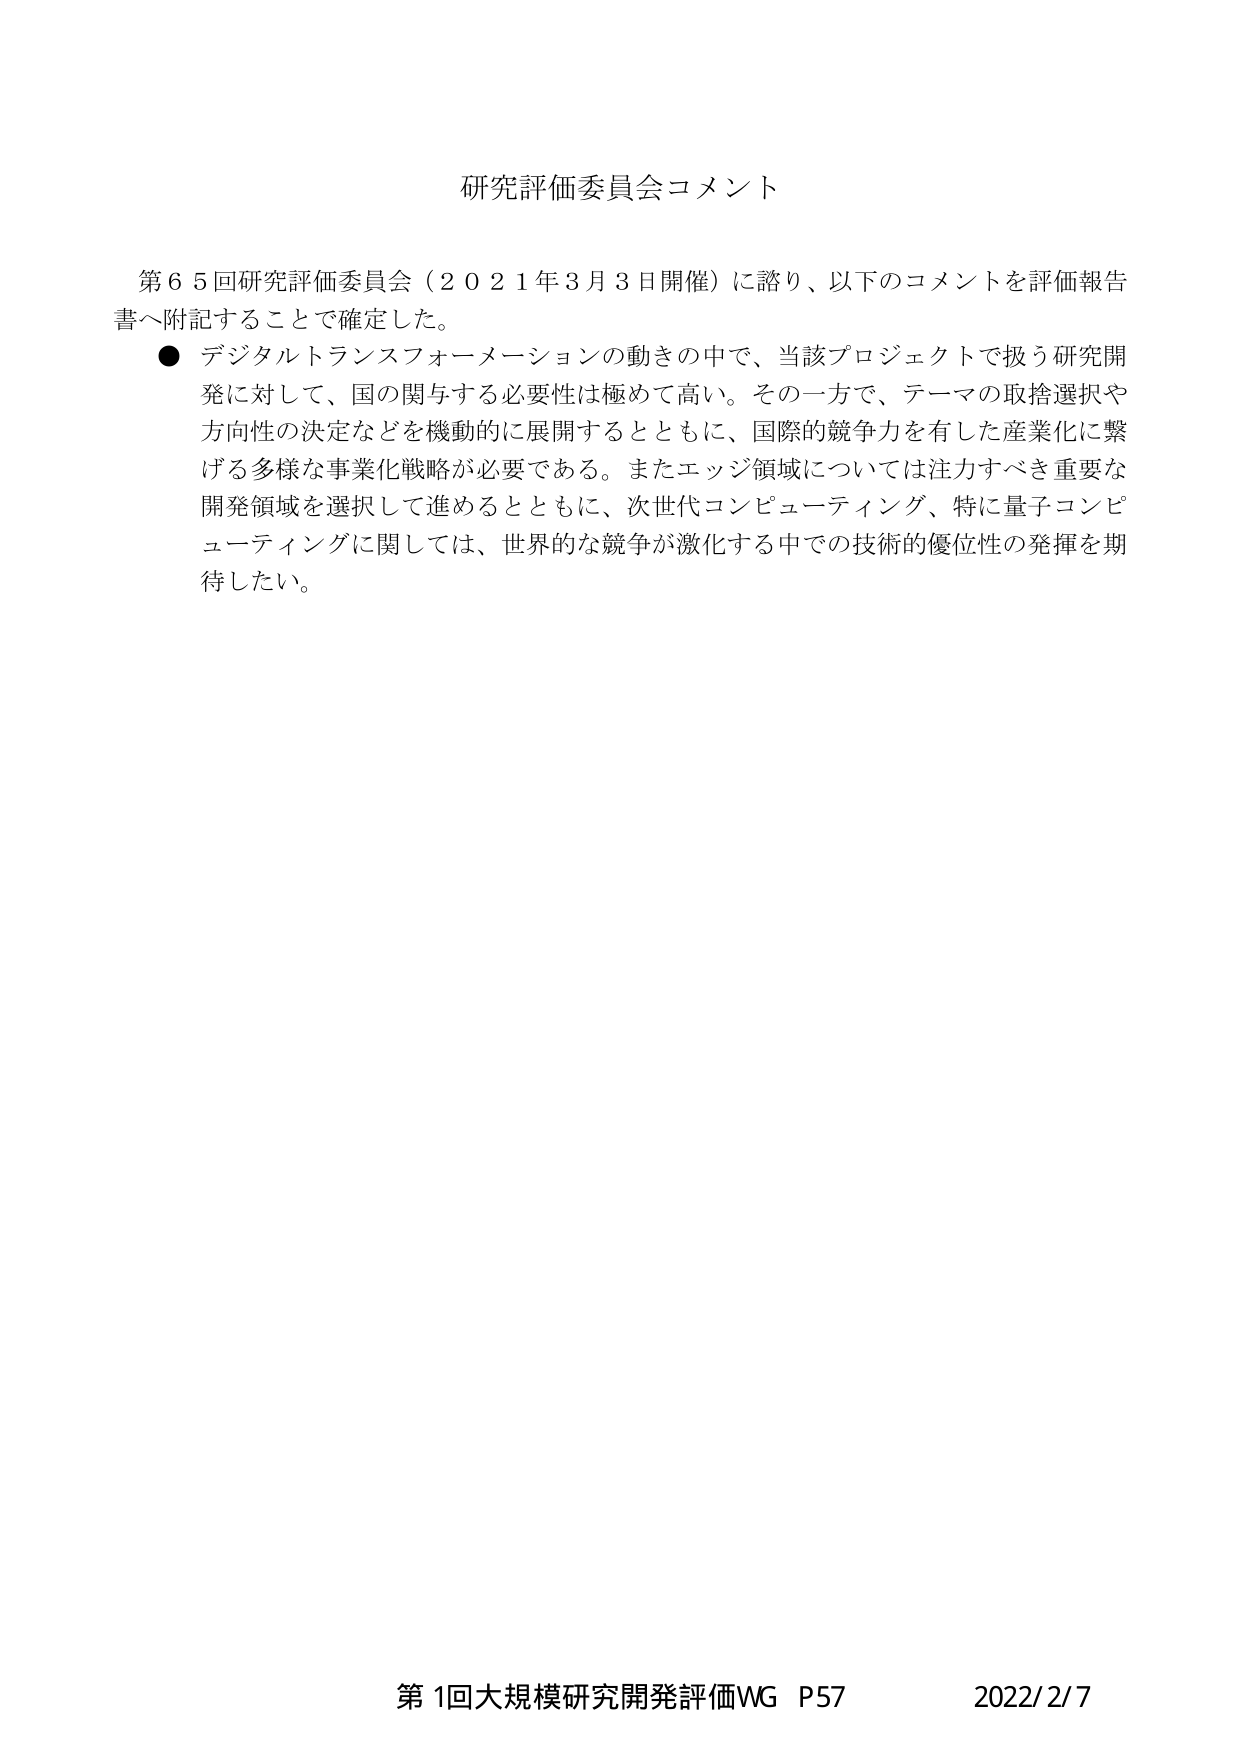
研究評価委員会コメント

第６５回研究評価委員会（２０２１年３月３日開催）に諮り、以下のコメントを評価報告書へ附記することで確定した。

● デジタルトランスフォーメーションの動きの中で、当該プロジェクトで扱う研究開発に対して、国の関与する必要性は極めて高い。その一方で、テーマの取捨選択や方向性の決定などを機動的に展開するとともに、国際的競争力を有した産業化に繋げる多様な事業化戦略が必要である。またエッジ領域については注力すべき重要な開発領域を選択して進めるとともに、次世代コンピューティング、特に量子コンピューティングに関しては、世界的な競争が激化する中での技術的優位性の発揮を期待したい。

第1回大規模研究開発評価WG P57 2022/2/7